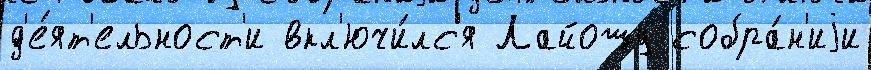
д'е́ят'ельност'и вкл'ючи́лс'я Лайошу собра́н'иjи